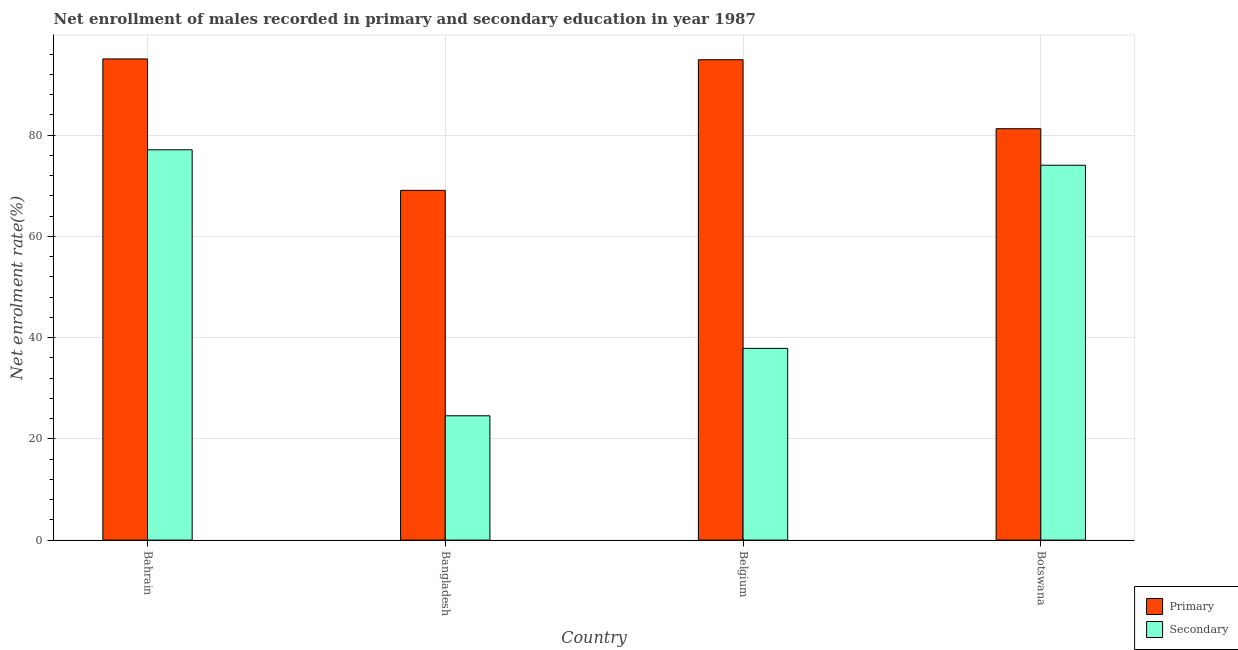
| Country | Primary | Secondary |
 | --- | --- | --- |
 | Bahrain | 95.1 | 77.1 |
 | Bangladesh | 69.1 | 24.6 |
 | Belgium | 94.9 | 37.9 |
 | Botswana | 81.3 | 74.1 |